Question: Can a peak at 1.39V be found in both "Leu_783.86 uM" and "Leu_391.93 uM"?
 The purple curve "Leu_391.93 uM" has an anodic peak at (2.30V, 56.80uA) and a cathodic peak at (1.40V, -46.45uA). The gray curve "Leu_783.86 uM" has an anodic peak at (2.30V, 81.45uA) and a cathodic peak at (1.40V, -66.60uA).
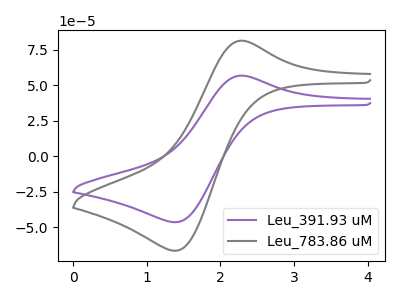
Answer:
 <answer>Yes, "Leu_783.86 uM" and "Leu_391.93 uM" share a peak at 1.39V.</answer>
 <eval>match</eval>